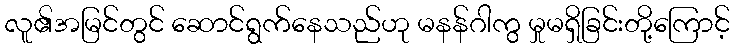
လူ၏အမြင်တွင် ဆောင်ရွက်နေသည်ဟု မနန်ဂါကွ မှုမရှိခြင်းတို့ကြောင့်